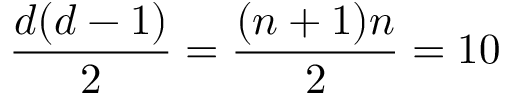
\frac { d ( d - 1 ) } { 2 } = \frac { ( n + 1 ) n } { 2 } = 1 0